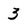
Character: 3